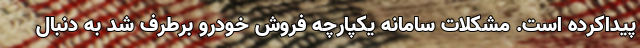
پیداکرده ‌است. مشکلات سامانه یکپارچه فروش خودرو برطرف شد به دنبال